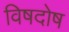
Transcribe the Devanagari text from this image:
विषदोष